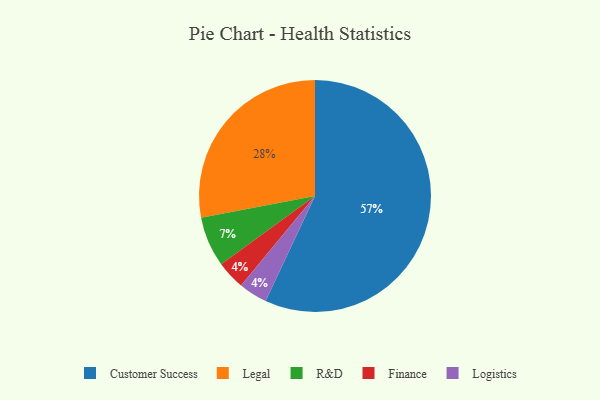
{"axis": {"x": "Category", "y": "Percentage"}, "legend": ["Customer Success", "Finance", "Legal", "Logistics", "R&D"], "data": [{"x": "Finance", "y": 4, "type": "Finance"}, {"x": "R&D", "y": 7, "type": "R&D"}, {"x": "Customer Success", "y": 57, "type": "Customer Success"}, {"x": "Logistics", "y": 4, "type": "Logistics"}, {"x": "Legal", "y": 28, "type": "Legal"}]}